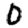
Digit: 0